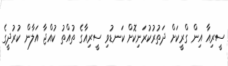
ސީރިއާ އިން ގްރީކަށް ދަތުރުކުރަނިކޮށް ކަނޑުވި ސީރިއާގެ ތުއްތު ކުއްޖާ އަލާން ކުރުދީގެ